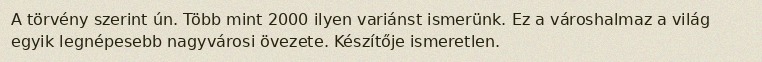
A törvény szerint ún. Több mint 2000 ilyen variánst ismerünk. Ez a városhalmaz a világ egyik legnépesebb nagyvárosi övezete. Készítője ismeretlen.